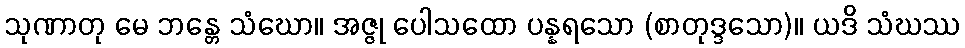
သုဏာတု မေ ဘန္တေ သံဃော။ အဇ္ဇု ပေါသထော ပန္နရသော (စာတုဒ္ဒသော)။ ယဒိ သံဃဿ